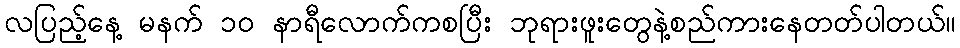
လပြည့်နေ့ မနက် ၁၀ နာရီလောက်ကစပြီး ဘုရားဖူးတွေနဲ့စည်ကားနေတတ်ပါတယ်။